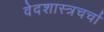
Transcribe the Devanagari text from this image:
वेदशास्त्रचर्चा